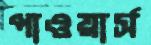
পাওয়ার্স